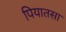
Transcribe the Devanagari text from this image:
पियातसा